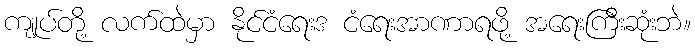
ကျုပ်တို့ လက်ထဲမှာ နိုင်ငံရေးဒ ငံရေးအာဏာရဖို့ အရေးကြီးဆုံးဘဲ။